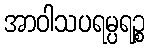
အာဝါသပရမ္ပရဉ္စ